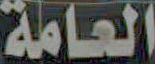
العامة